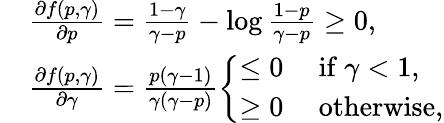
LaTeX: \begin{array}{rl}&{\frac{\partial{f(p,\gamma)}}{\partial{p}}=\frac{1-\gamma}{\gamma-p}-\log\frac{1-p}{\gamma-p}\geq 0,}\\ &{\frac{\partial{f(p,\gamma)}}{\partial{\gamma}}=\frac{p(\gamma-1)}{\gamma(\gamma-p)}\left\{ \begin{array}{ll}{\leq 0}&{\ \mathrm{if}\ \gamma<1,}\\ {\geq 0}&{\ \mathrm{otherwise},}\end{array}\right.}\end{array}